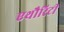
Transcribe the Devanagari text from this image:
एथौरिटी